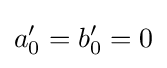
a'_{0}=b'_{0}=0